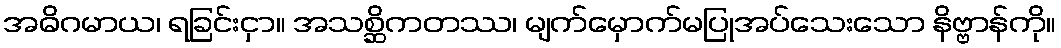
အဓိဂမာယ၊ ရခြင်းငှာ။ အသစ္ဆိကတဿ၊ မျက်မှောက်မပြုအပ်သေးသော နိဗ္ဗာန်ကို။